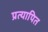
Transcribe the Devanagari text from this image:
प्रत्यापित